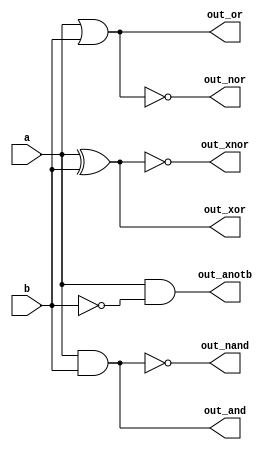
module top_module( 
    input a, b,
    output out_and,
    output out_or,
    output out_xor,
    output out_nand,
    output out_nor,
    output out_xnor,
    output out_anotb
);
    
    assign out_and   = a & b;
    assign out_or    = a | b;
    assign out_xor   = a ^ b;
    assign out_nand	 = ~(a & b);
    assign out_nor 	 = ~(a | b);
    assign out_xnor  = ~(a ^ b);
    assign out_anotb = a & ~b;

endmodule